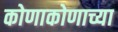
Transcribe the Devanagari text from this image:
कोणाकोणाच्या